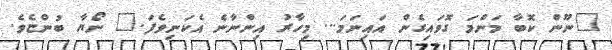
"ނޫން ކޮބާ މަންމަ ގޮވައިގެން އައިނަމަ... މިހާރު އިންނާނެ އެކަނިވެފަ." ނޯޔާ ބުންޏެވެ.